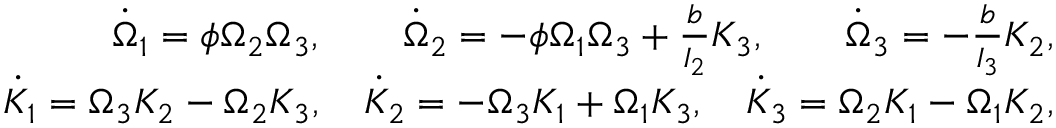
\begin{array} { r } { \dot { \Omega } _ { 1 } = \phi \Omega _ { 2 } \Omega _ { 3 } , \qquad \dot { \Omega } _ { 2 } = - \phi \Omega _ { 1 } \Omega _ { 3 } + \frac { b } { I _ { 2 } } K _ { 3 } , \qquad \dot { \Omega } _ { 3 } = - \frac { b } { I _ { 3 } } K _ { 2 } , } \\ { \dot { K } _ { 1 } = \Omega _ { 3 } K _ { 2 } - \Omega _ { 2 } K _ { 3 } , \quad \dot { K } _ { 2 } = - \Omega _ { 3 } K _ { 1 } + \Omega _ { 1 } K _ { 3 } , \quad \dot { K } _ { 3 } = \Omega _ { 2 } K _ { 1 } - \Omega _ { 1 } K _ { 2 } , } \end{array}